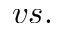
v s .